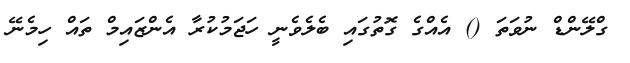
ގްލޭންޑް ނުވަތަ () އެއްގެ ގޮތުގައި ބެލެވެނީ ހަޖަމުކުރާ އެންޒައިމް ތައް ހިމެނޭ